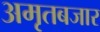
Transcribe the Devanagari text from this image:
अमृतबजार